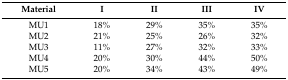
<table><thead><tr><td><b>Material</b></td><td><b>I</b></td><td><b>II</b></td><td><b>III</b></td><td><b>IV</b></td></tr></thead><tbody><tr><td>MU1</td><td>18%</td><td>29%</td><td>35%</td><td>35%</td></tr><tr><td>MU2</td><td>21%</td><td>25%</td><td>26%</td><td>32%</td></tr><tr><td>MU3</td><td>11%</td><td>27%</td><td>32%</td><td>33%</td></tr><tr><td>MU4</td><td>20%</td><td>30%</td><td>44%</td><td>50%</td></tr><tr><td>MU5</td><td>20%</td><td>34%</td><td>43%</td><td>49%</td></tr></tbody></table>